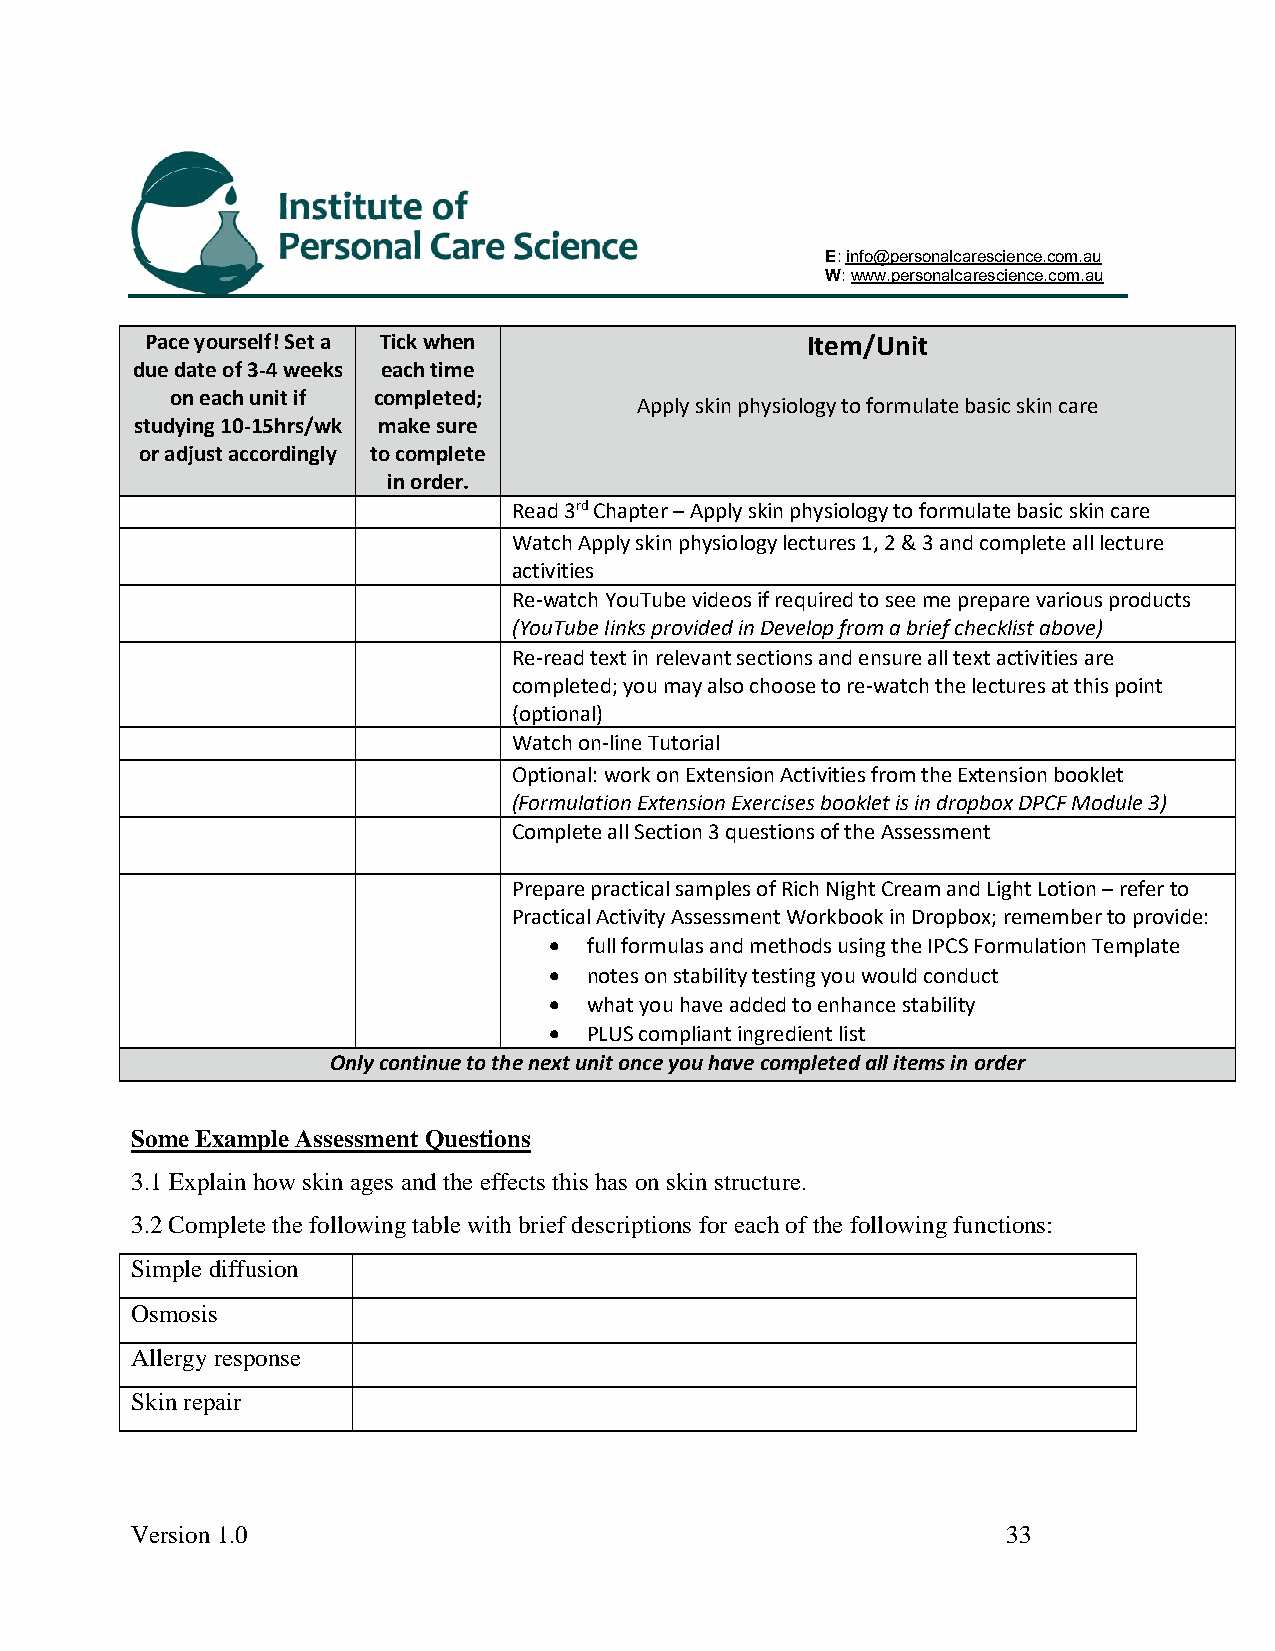
E: info@personalcarescience.com.au
 W: www.personalcarescience.com.au
 Pace yourself! Set a Tick when             Item/Unit
 due date of 3-4 weeks each time
 on each unit if completed;
 Apply skin physiology to formulate basic skin care
 studying 10-15hrs/wk make sure
 or adjust accordingly to complete
 in order.
 Read 3rd Chapter – Apply skin physiology to formulate basic skin care
 Watch Apply skin physiology lectures 1, 2 & 3 and complete all lecture
 activities
 Re-watch YouTube videos if required to see me prepare various products
 (YouTube links provided in Develop from a brief checklist above)
 Re-read text in relevant sections and ensure all text activities are
 completed; you may also choose to re-watch the lectures at this point
 (optional)
 Watch on-line Tutorial
 Optional: work on Extension Activities from the Extension booklet
 (Formulation Extension Exercises booklet is in dropbox DPCF Module 3)
 Complete all Section 3 questions of the Assessment
 Prepare practical samples of Rich Night Cream and Light Lotion – refer to
 Practical Activity Assessment Workbook in Dropbox; remember to provide:
 •  full formulas and methods using the IPCS Formulation Template
 •  notes on stability testing you would conduct
 •  what you have added to enhance stability
 •  PLUS compliant ingredient list
 Only continue to the next unit once you have completed all items in order
 Some Example Assessment Questions
 3.1 Explain how skin ages and the effects this has on skin structure.
 3.2 Complete the following table with brief descriptions for each of the following functions:
 Simple diffusion
 Osmosis
 Allergy response
 Skin repair
 Version 1.0                                               33